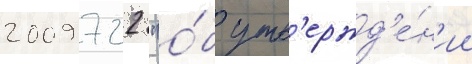
2009 722 "о́б утв'ержд'е́н'ии